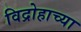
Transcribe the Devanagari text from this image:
विद्रोहाच्या